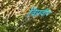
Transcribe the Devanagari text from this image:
विप्रवीर